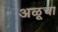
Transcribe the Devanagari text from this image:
अळूचा